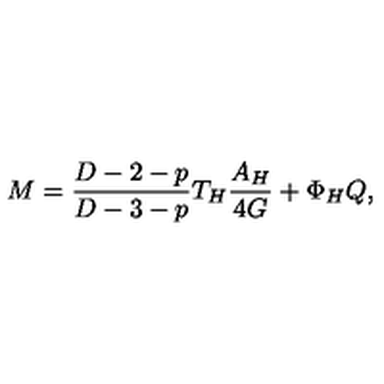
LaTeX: M = \frac { D - 2 - p } { D - 3 - p } T _ { H } \frac { A _ { H } } { 4 G } + \Phi _ { H } Q ,